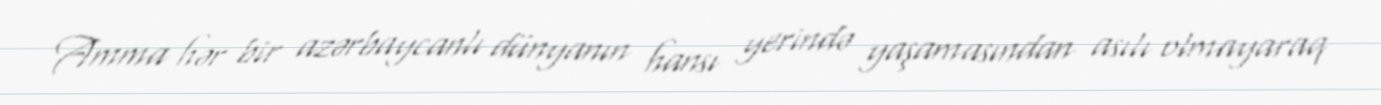
Amma hər bir azərbaycanlı dünyanın hansı yerində yaşamasından asılı olmayaraq